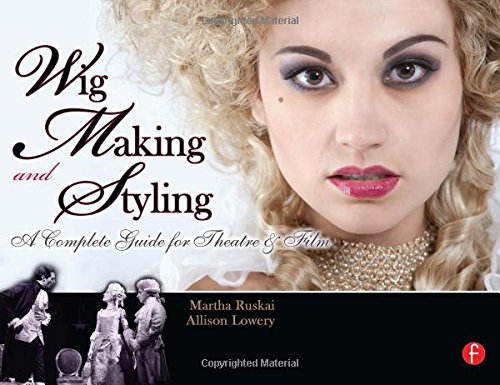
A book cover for Wig Making and Styling: A Complete Guide for Theatre & Film; Martha Ruskai; Health, Fitness & Dieting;